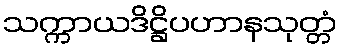
သက္ကာယဒိဋ္ဌိပဟာနသုတ္တံ